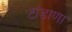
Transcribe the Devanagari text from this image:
टांडाणा